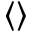
\langle \rangle